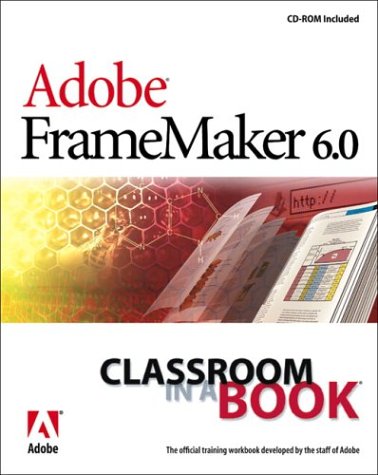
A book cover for Adobe FrameMaker 6.0 Classroom in a Book; Adobe Creative Team; Computers & Technology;